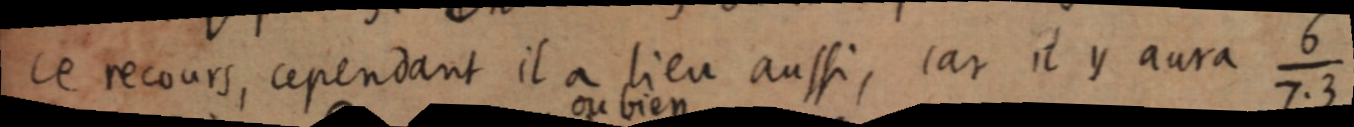
ce recours, cependant il a lieu aussi, car il y aura 6/7.3